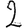
Digit: 2